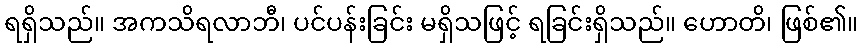
ရရှိသည်။ အကသိရလာဘီ၊ ပင်ပန်းခြင်း မရှိသဖြင့် ရခြင်းရှိသည်။ ဟောတိ၊ ဖြစ်၏။